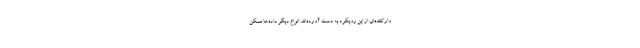
وارکننده‌ای از این رویکرد به دست آورده‌اند. انواع دیگر داده‌ها ممکن